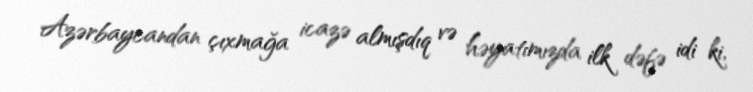
Azərbaycandan çıxmağa icazə almışdıq və həyatımızda ilk dəfə idi ki,